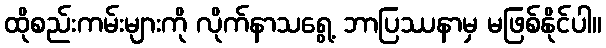
ထိုစည်းကမ်းများကို လိုက်နာသရွေ့ ဘာပြဿနာမှ မဖြစ်နိုင်ပါ။